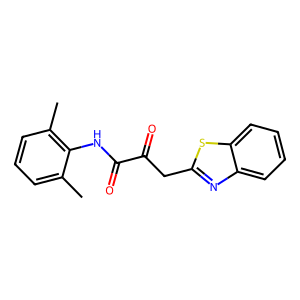
SMILES: Cc1cccc(C)c1NC(=O)C(=O)Cc1nc2ccccc2s1
Inhibits HIV replication: No